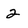
Character: 2